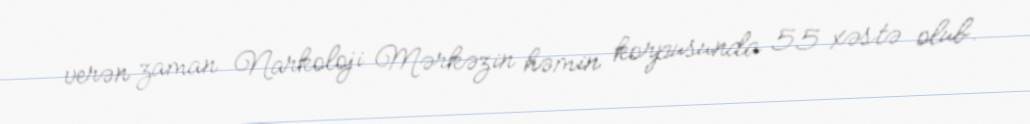
verən zaman Narkoloji Mərkəzin həmin korpusunda 55 xəstə olub.